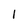
Character: 1